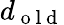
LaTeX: d_{\mathrm{~o~l~d~}}